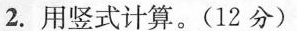
2.用竖式计算。(12分)